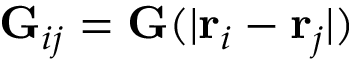
\mathbf { G } _ { i j } = \mathbf { G } ( | { \textbf r } _ { i } - { \textbf r } _ { j } | )